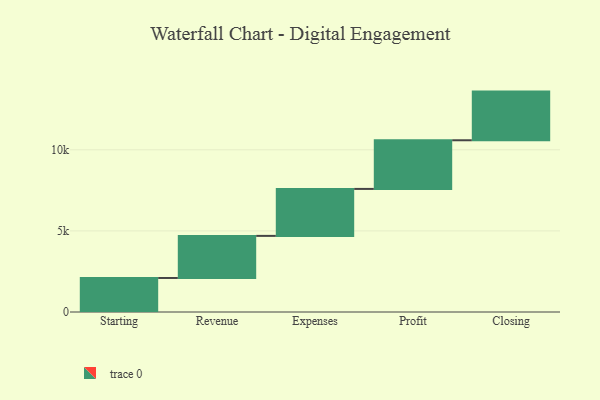
{"axis": {"x": "Step", "y": "Value"}, "legend": [""], "data": [{"x": "Starting", "y": 2098.0, "type": ""}, {"x": "Revenue", "y": 2595.0, "type": ""}, {"x": "Expenses", "y": 2895.0, "type": ""}, {"x": "Profit", "y": 3000, "type": ""}, {"x": "Closing", "y": 3000, "type": ""}]}